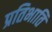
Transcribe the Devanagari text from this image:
प्रतिभाति